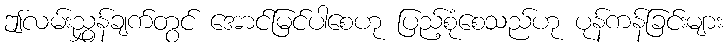
ဤလမ်းညွှန်ချက်တွင် အောင်မြင်ပါစေဟု ပြည့်စုံစေသည်ဟု ပုန်ကန်ခြင်းများ